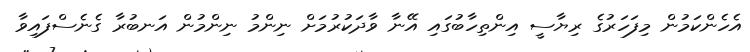
އެހެންކަމުން މިފަހަރުގެ ރިޔާސީ އިންތިހާބުގައި އޭނާ ވާދަކުރުމަށް ނިންމު ނިންމުން އަނބުރާ ގެނެސްފައިވާ